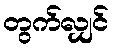
တွက်လျှင်